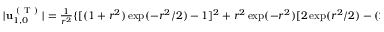
\begin{array} { r } { \vert \mathbf { u } _ { 1 , 0 } ^ { \mathrm { ~ ( ~ T ~ ) ~ } } \vert = \frac { 1 } { r ^ { 2 } } \{ [ ( 1 + r ^ { 2 } ) \exp ( - r ^ { 2 } / 2 ) - 1 ] ^ { 2 } + r ^ { 2 } \exp ( - r ^ { 2 } ) [ 2 \exp ( r ^ { 2 } / 2 ) - ( 2 + r ^ { 2 } ) ] \sin ^ { 2 } \theta \} ^ { 1 / 2 } , } \end{array}